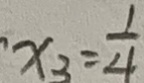
, x _ { 3 } = \frac { 1 } { 4 }